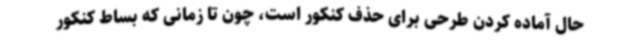
حال آماده کردن طرحی برای حذف کنکور است، چون تا زمانی که بساط کنکور